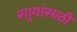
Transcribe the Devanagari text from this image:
सार्‍यांसाठी